Insane asylums Bombay 1873-77 - 1873-1877
Year: 1873
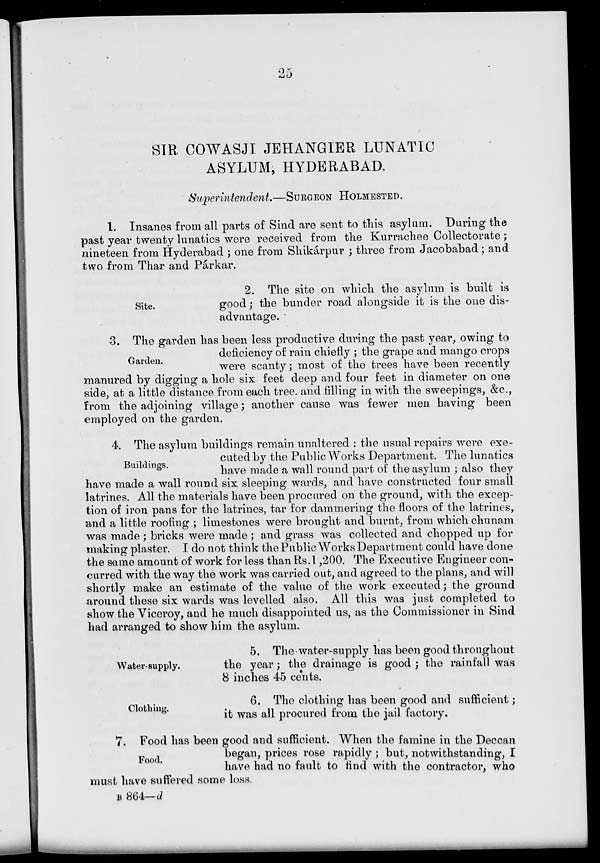
25
SIR COWASJI JEHANGIER LUNATIC
ASYLUM, HYDERABAD.
Superintendent.—SURGEON HOLMESTED.
1. Insanes from all parts of Sind are sent to this asylum. During the
past year twenty lunatics were received from the Kurrachee Collectorate ;
nineteen from Hyderabad ; one from Shikárpur ; three from Jacobabad; and
two from Thar and Párkar.
Site.
2. The site on which the asylum is built is
good; the bunder road alongside it is the one dis-
advantage.
Garden.
3. The garden has been less productive during the past year, owing to
deficiency of rain chiefly ; the grape and mango crops
were scanty; most of the trees have been recently
manured by digging a hole six feet deep and four feet in diameter on one
side, at a little distance from each tree, and filling in with the sweepings, &c.,
from the adjoining village; another cause was fewer men having been
employed on the garden.
Buildings.
4. The asylum buildings remain unaltered : the usual repairs were exe-
cuted by the Public Works Department. The lunatics
have made a wall round part of the asylum ; also they
have made a wall round six sleeping wards, and have constructed four small
latrines. All the materials have been procured on the ground, with the excep-
tion of iron pans for the latrines, tar for dammering the floors of the latrines,
and a little roofing ; limestones were brought and burnt, from which chunam
was made; bricks were made ; and grass was collected and chopped up for
making plaster. I do not think the Public Works Department could have done
the same amount of work for less than Rs. 1,200. The Executive Engineer con-
curred with the way the work was carried out, and agreed to the plans, and will
shortly make an estimate of the value of the work executed; the ground
around these six wards was levelled also. All this was just completed to
show the Viceroy, and he much disappointed us, as the Commissioner in Sind
had arranged to show him the asylum.
Water-supply.
5. The water-supply has been good throughout
the year; the drainage is good ; the rainfall was
8 inches 45 cents.
Clothing.
6. The clothing has been good and sufficient;
it was all procured from the jail factory.
Food.
7. Food has been good and sufficient. When the famine in the Deccan
began, prices rose rapidly ; but, notwithstanding, I
have had no fault to find with the contractor, who
must have suffered some loss.
B 864—d